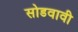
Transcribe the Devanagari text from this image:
सोडवावी